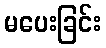
မပေးခြင်း